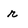
Character: r